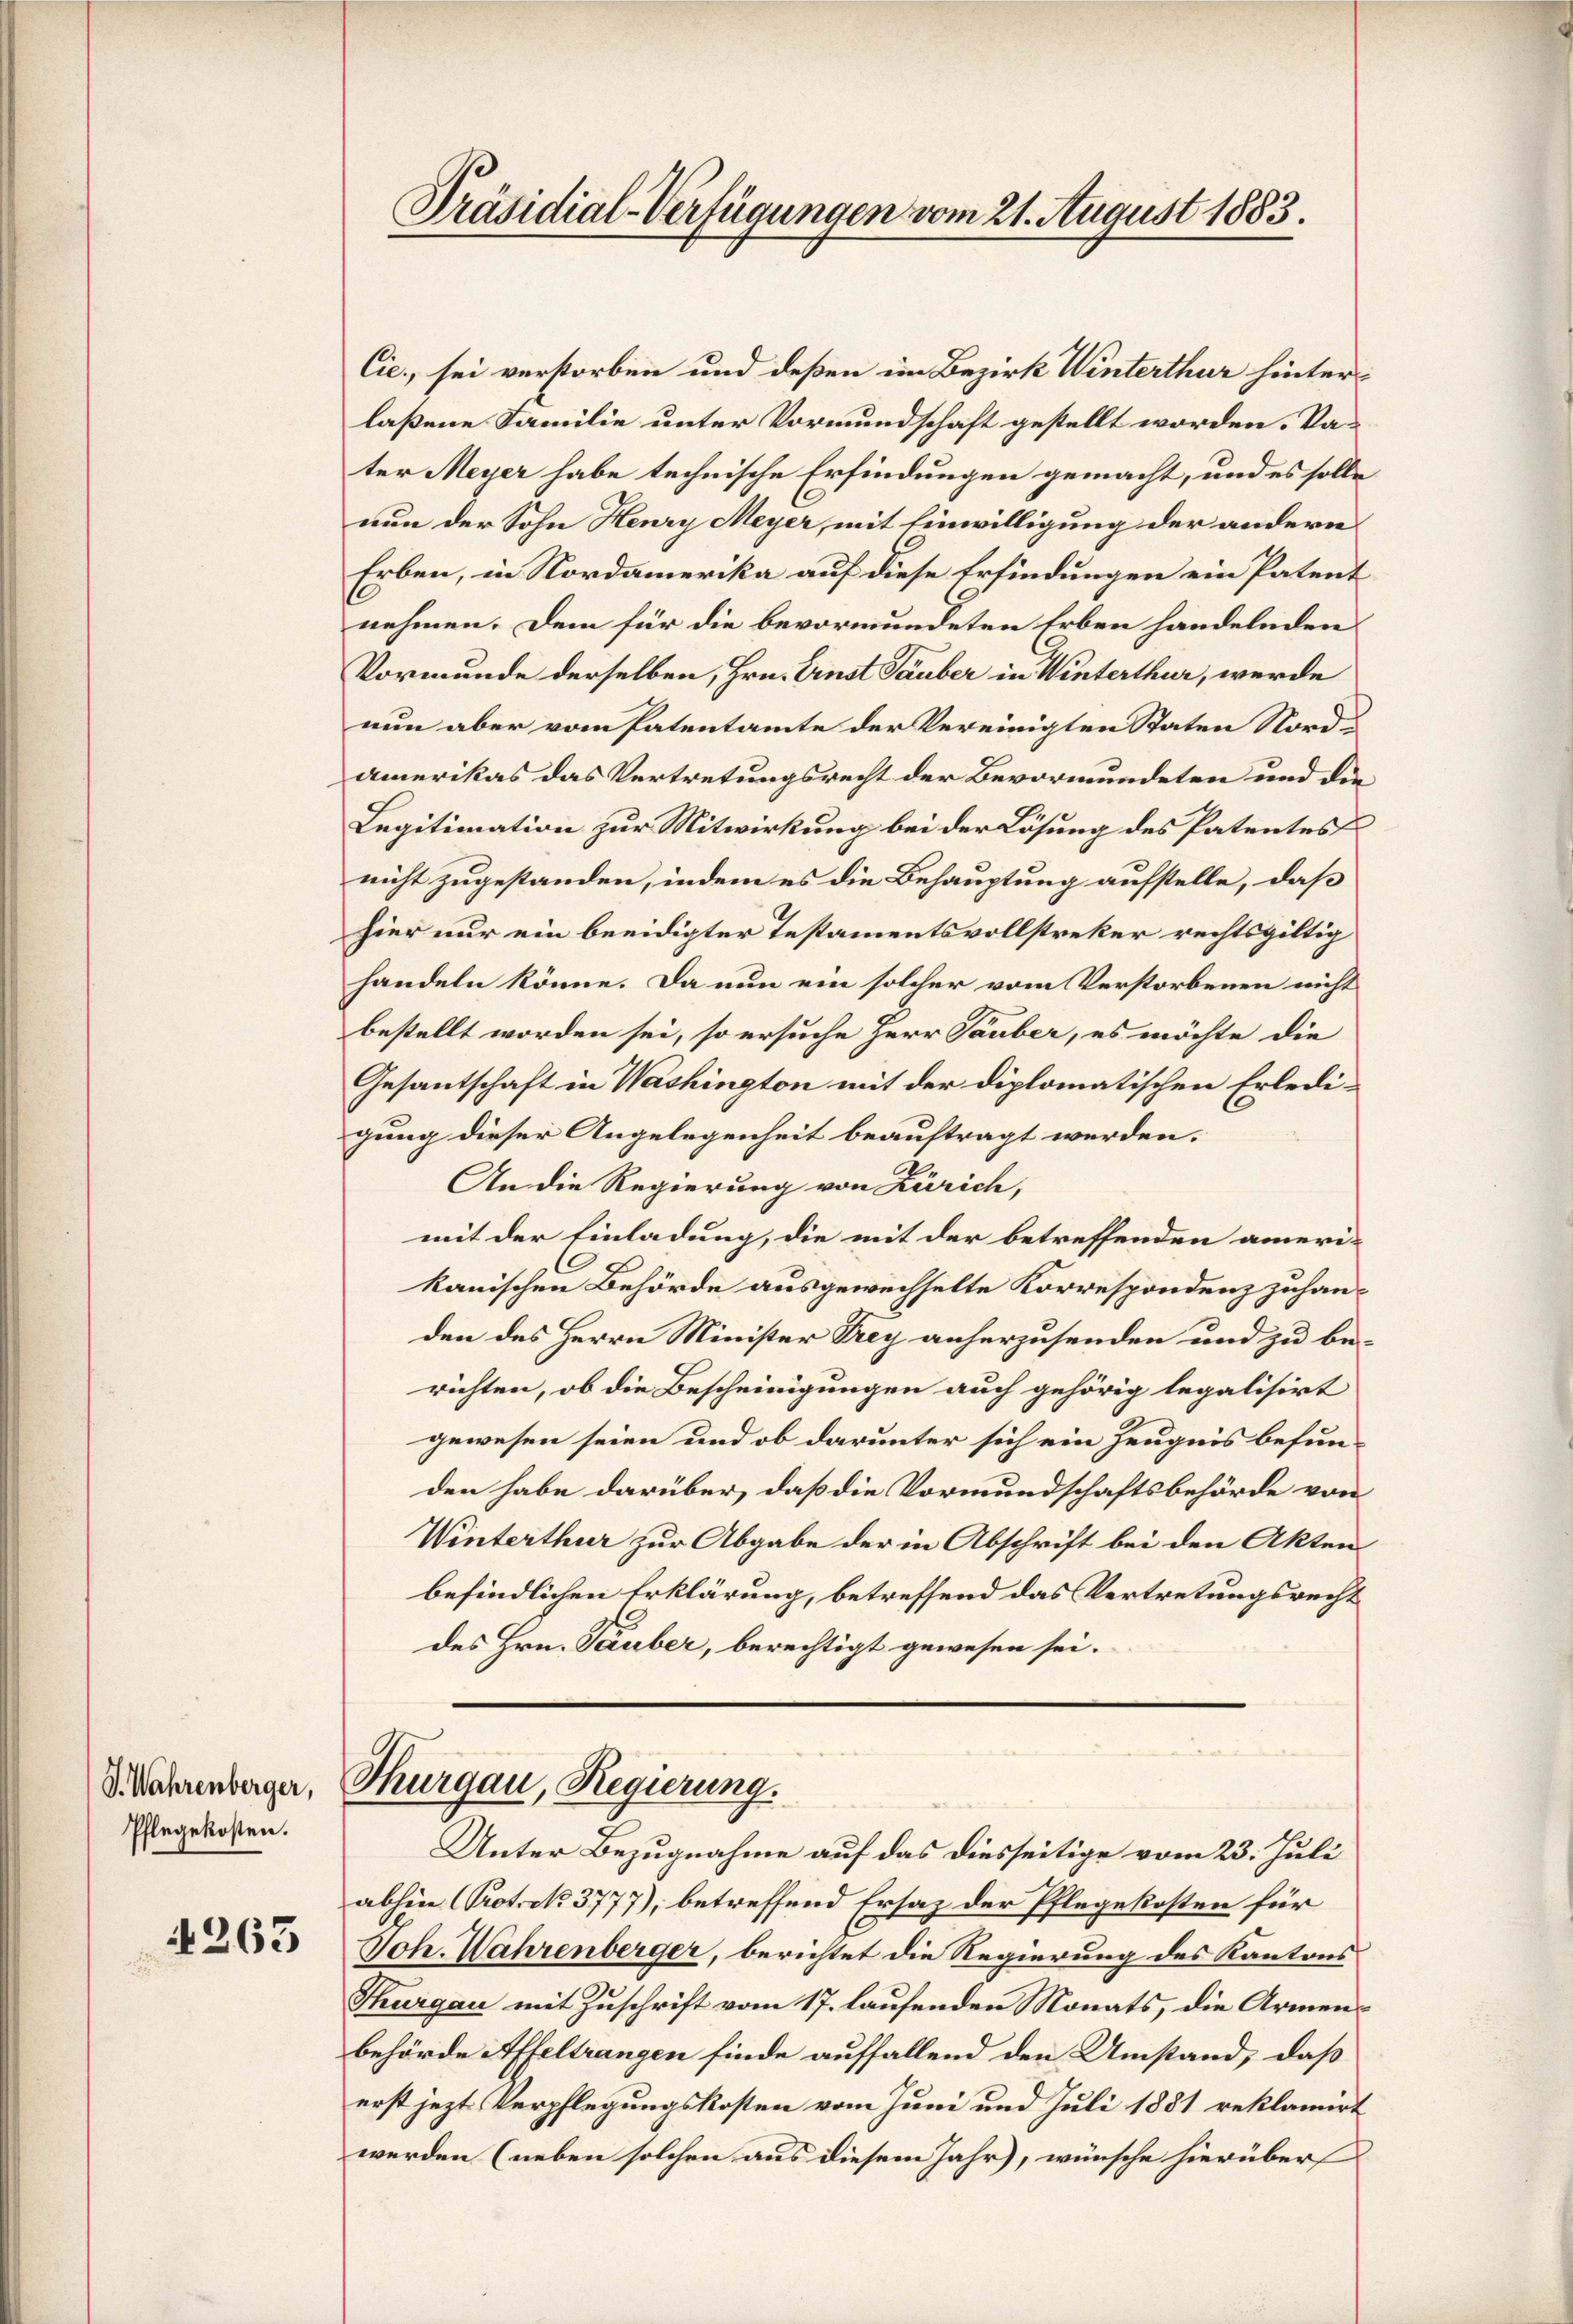
S. Wahrenberger,
Pflegekosten.

1263

Präsidial-Verfügungen vom 21. August 1883.

Cie, sei verstorben und deßen im Bezirk Winterthur hinterlaßene Familie unter Vormundschaft gestellt worden. Vater Meyer habe technische Erfindungen gemacht, und es solle
nun der Sohn Henry Meyer, mit Einwilligung der andern
Erben, in Nordamerika auf diese Erfindungen ein Patent
nehmen. Dem für die bevormundeten Erben handelnden
Vormunde derselben, Hrn. Einst Tauber in Winterthur, werde
nun aber vom Patentamte der Vereinigten Staten Nordamerikas das Vertretungsrecht der Bevormundeten und die
Legitimation zur Mitwirkung bei der Lösung des Patentes
nicht zugestanden, indem es die Behauptung aufstelle, daß
hier nur ein beeidigter Testamentsvollstreker rechtsgültig
handeln könne. Da nun ein solcher vom Verstorbenen nicht
bestellt worden sei, so ersuche Herr Täuber, es möchte die
Gesantschaft in Washington mit der diplomatischen Erledigung dieser Angelegenheit beauftragt werden.
An die Regierung von Zürich,
mit der Einladung, die mit der betreffenden amerikanischen Behörde ausgewechselte Korrespondenz zuhanden des Herrn Minister Drey anherzusenden und zu berichten, ob die Bescheinigungen auch gehörig legalisirt
gewesen seien und ob darunter sich ein Zeugnis befunden habe darüber, daß die Vormundschaftsbehörde von
Winterthur zur Abgabe der in Abschrift bei den Akten
befindlichen Erklärung, betreffend das Vertretungsrecht
des Hrn. Tauber, berechtigt gewesen sei.

Thurgau, Regierung.
Unter Bezugnahme auf das diesseitige vom 23. Juli

abhin Prot. N. 3777), betreffend Ersatz der Pflegekosten für
Joh. Wahrenberger, berichtet die Regierung des Kantons
Thurgau mit Zuschrift vom 17. laufenden Monats, die Armen-
behörde Affeltrangen finde auffallend den Umstand, daß
erst jezt Verpflegungskosten vom Juni und Juli 1881 reklamirt
werden (neben solchen aus diesem Jahr), wünsche hierüber